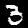
Label: 3